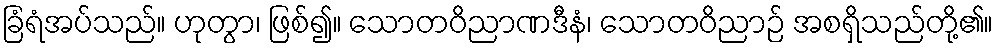
ခြံရံအပ်သည်။ ဟုတွာ၊ ဖြစ်၍။ သောတဝိညာဏဒီနံ၊ သောတဝိညာဉ် အစရှိသည်တို့၏။